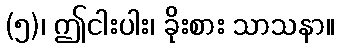
(၅)၊ ဤငါးပါး၊ ခိုးစား သာသနာ။